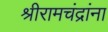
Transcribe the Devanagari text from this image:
श्रीरामचंद्रांना